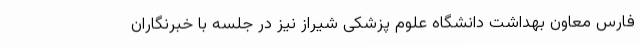
فارس معاون بهداشت دانشگاه علوم پزشکی شیراز نیز در جلسه با خبرنگاران